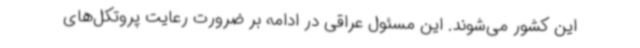
این کشور می‌شوند. این مسئول عراقی در ادامه بر ضرورت رعایت پروتکل‌های